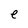
Character: e